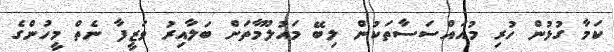
ކަމާ ގުޅުން ހުރި މުއައްސަސާތަކުން ލިބޭ މައުލޫމާތަށް ބަލާއިރު ވަޒީފާ ނެތް މީހުންގެ